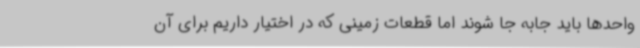
واحدها باید جابه جا شوند اما قطعات زمینی که در اختیار داریم برای آن